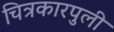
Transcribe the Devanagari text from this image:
चित्रकारपुली